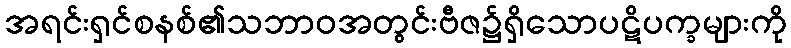
အရင်းရှင်စနစ်၏သဘာဝအတွင်းဗီဇ၌ရှိသောပဋိပက္ခများကို